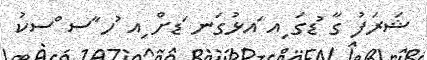
ޝަރަފު ގާ ުޑގަ ިއ ައޅުގަނ ަޑށް ިއ ުހ ާސ ްސކު